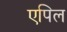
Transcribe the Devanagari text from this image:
एपिल